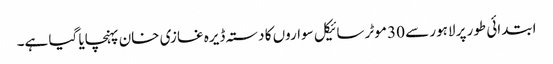
ابتدائی طور پر لاہور سے 30 موٹر سائیکل سواروں کا دستہ ڈیرہ غازی خان پہنچایا گیا ہے۔